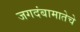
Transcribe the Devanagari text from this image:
जगदंबामातेचे